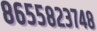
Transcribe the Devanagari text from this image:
८६५५८२३७४८